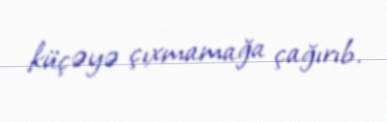
küçəyə çıxmamağa çağırıb.